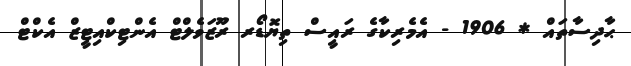
ޙާދިސާތައް * 1906 - އެމެރިކާގެ ރައީސް ތިޔޮޑޯރ ރޫޒަވެލްޓް އެންޓިކްއިޓީޒް އެކްޓް